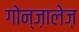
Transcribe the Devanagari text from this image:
गोन्ज़ालेज़